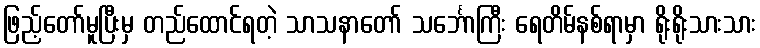
ဖြည့်တော်မူပြီးမှ တည်ထောင်ရတဲ့ သာသနာတော် သင်္ဘောကြီး ရေတိမ်နစ်ရာမှာ ရိုးရိုးသားသား